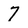
Character: 7